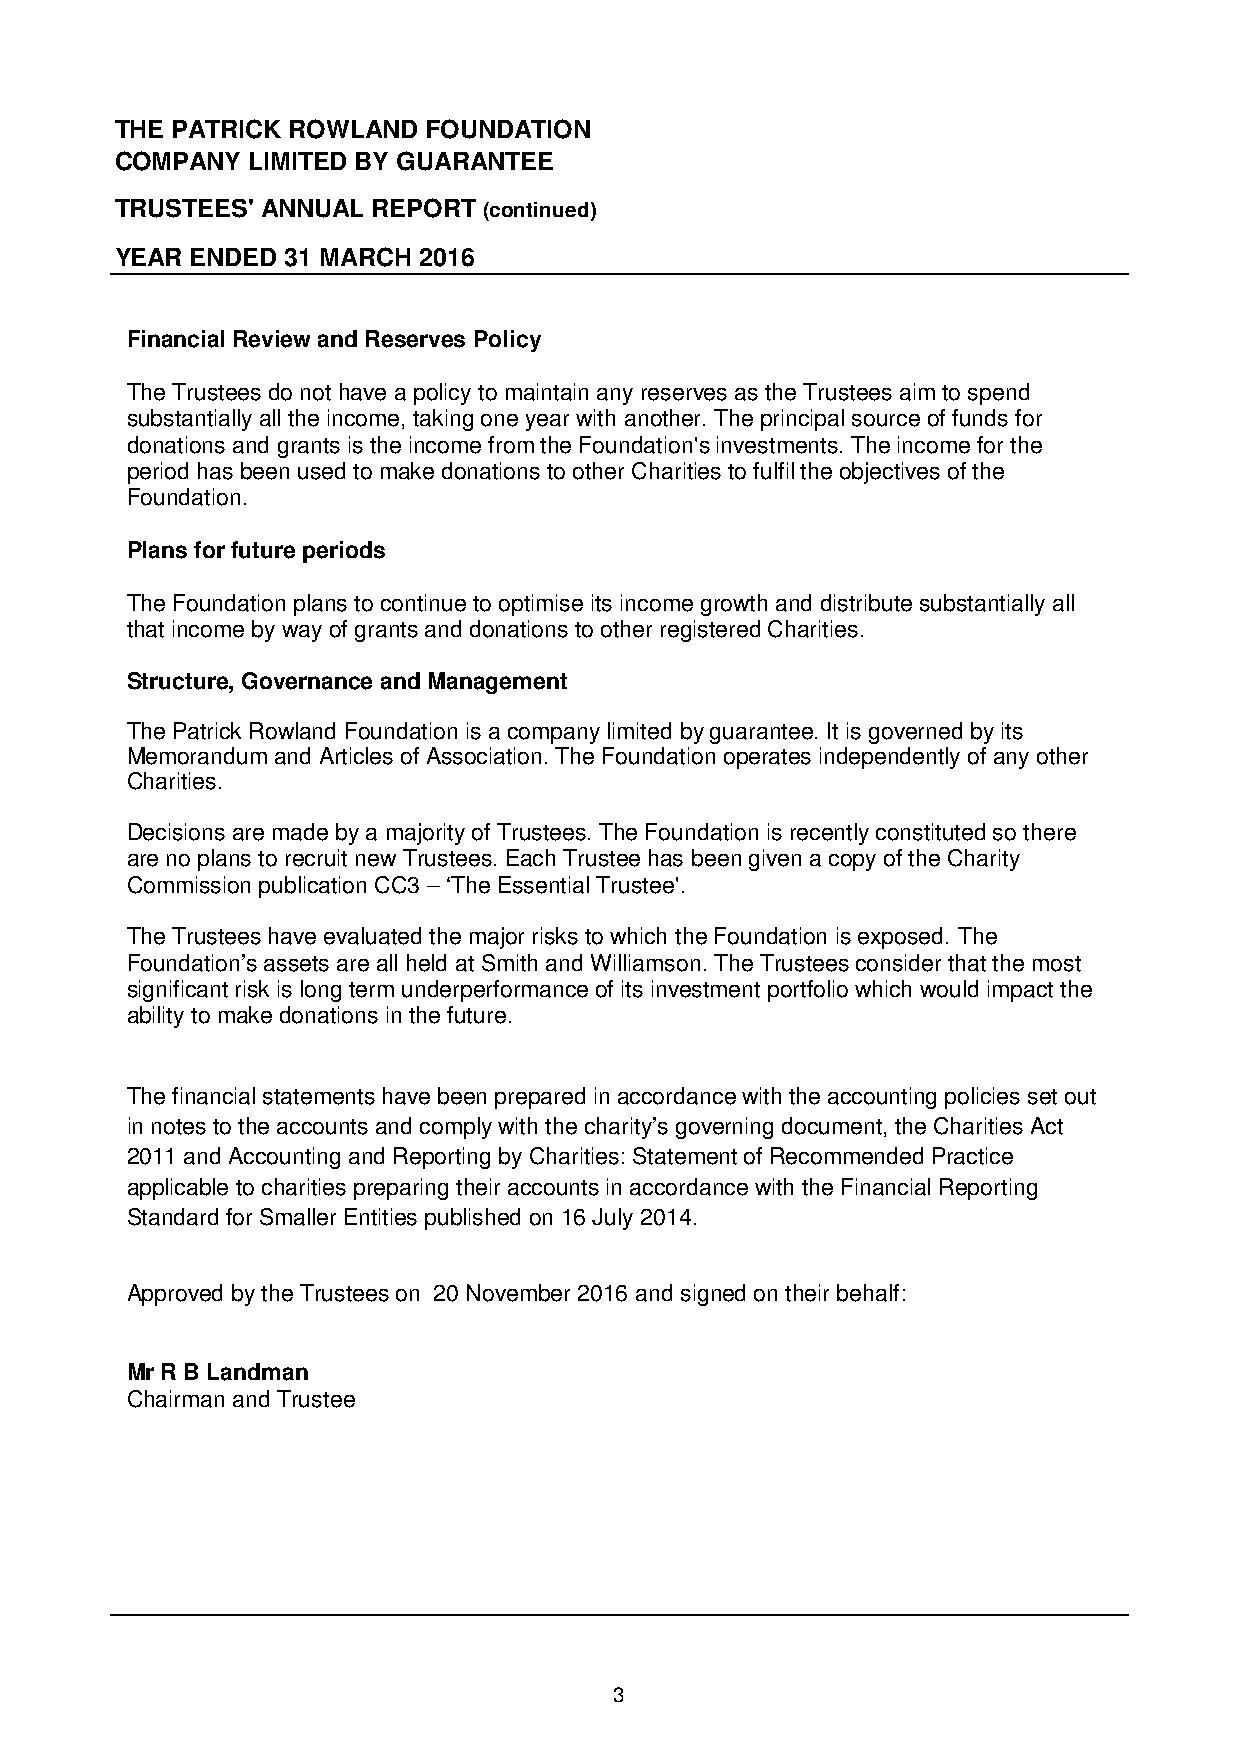
THE PATRICK ROWLAND FOUNDATION
 COMPANY LIMITED BY GUARANTEE
 TRUSTEES' ANNUAL REPORT (continued)
 YEAR ENDED 31 MARCH 2016
 Financial Review and Reserves Policy
 The Trustees do not have a policy to maintain any reserves as the Trustees aim to spend
 substantially all the income, taking one year with another. The principal source of funds for
 donations and grants is the income from the Foundation's investments. The income for the
 period has been used to make donations to other Charities to fulfil the objectives of the
 Foundation.
 Plans for futureperiods
 The Foundation plans to continue to optimise its income growth and distribute substantially all
 that income by way of grants and donations to other registered Charities.
 Structure, Governance and Management
 The Patrick Rowland Foundation is a company limited by guarantee. It is governed by its
 Memorandum and Articles of Association. The Foundation operates independently of any other
 Charities.
 Decisions are made by a majority of Trustees. The Foundation is recently constituted so there
 are no plans to recruit new Trustees. Each Trustee has been given a copy of the Charity
 Commission publication CC3 –‘The Essential Trustee'.
 The Trustees have evaluated the major risks to which the Foundation is exposed. The
 Foundation’s assets are all held at Smith and Williamson. The Trustees consider that the most
 significant risk is long term underperformance of its investment portfolio which would impact the
 ability to make donations in the future.
 The financial statements have been prepared in accordance with the accounting policies set out
 in notes to the accounts and comply with the charity’s governing document, the Charities Act
 2011 and Accounting and Reporting by Charities: Statement of Recommended Practice
 applicable to charities preparing their accounts in accordance with the Financial Reporting
 Standard for Smaller Entities published on 16 July 2014.
 Approved by the Trustees on 20 November 2016 and signed on their behalf:
 Mr R B Landman
 Chairman and Trustee
 3